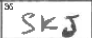
Transcription: SKJ